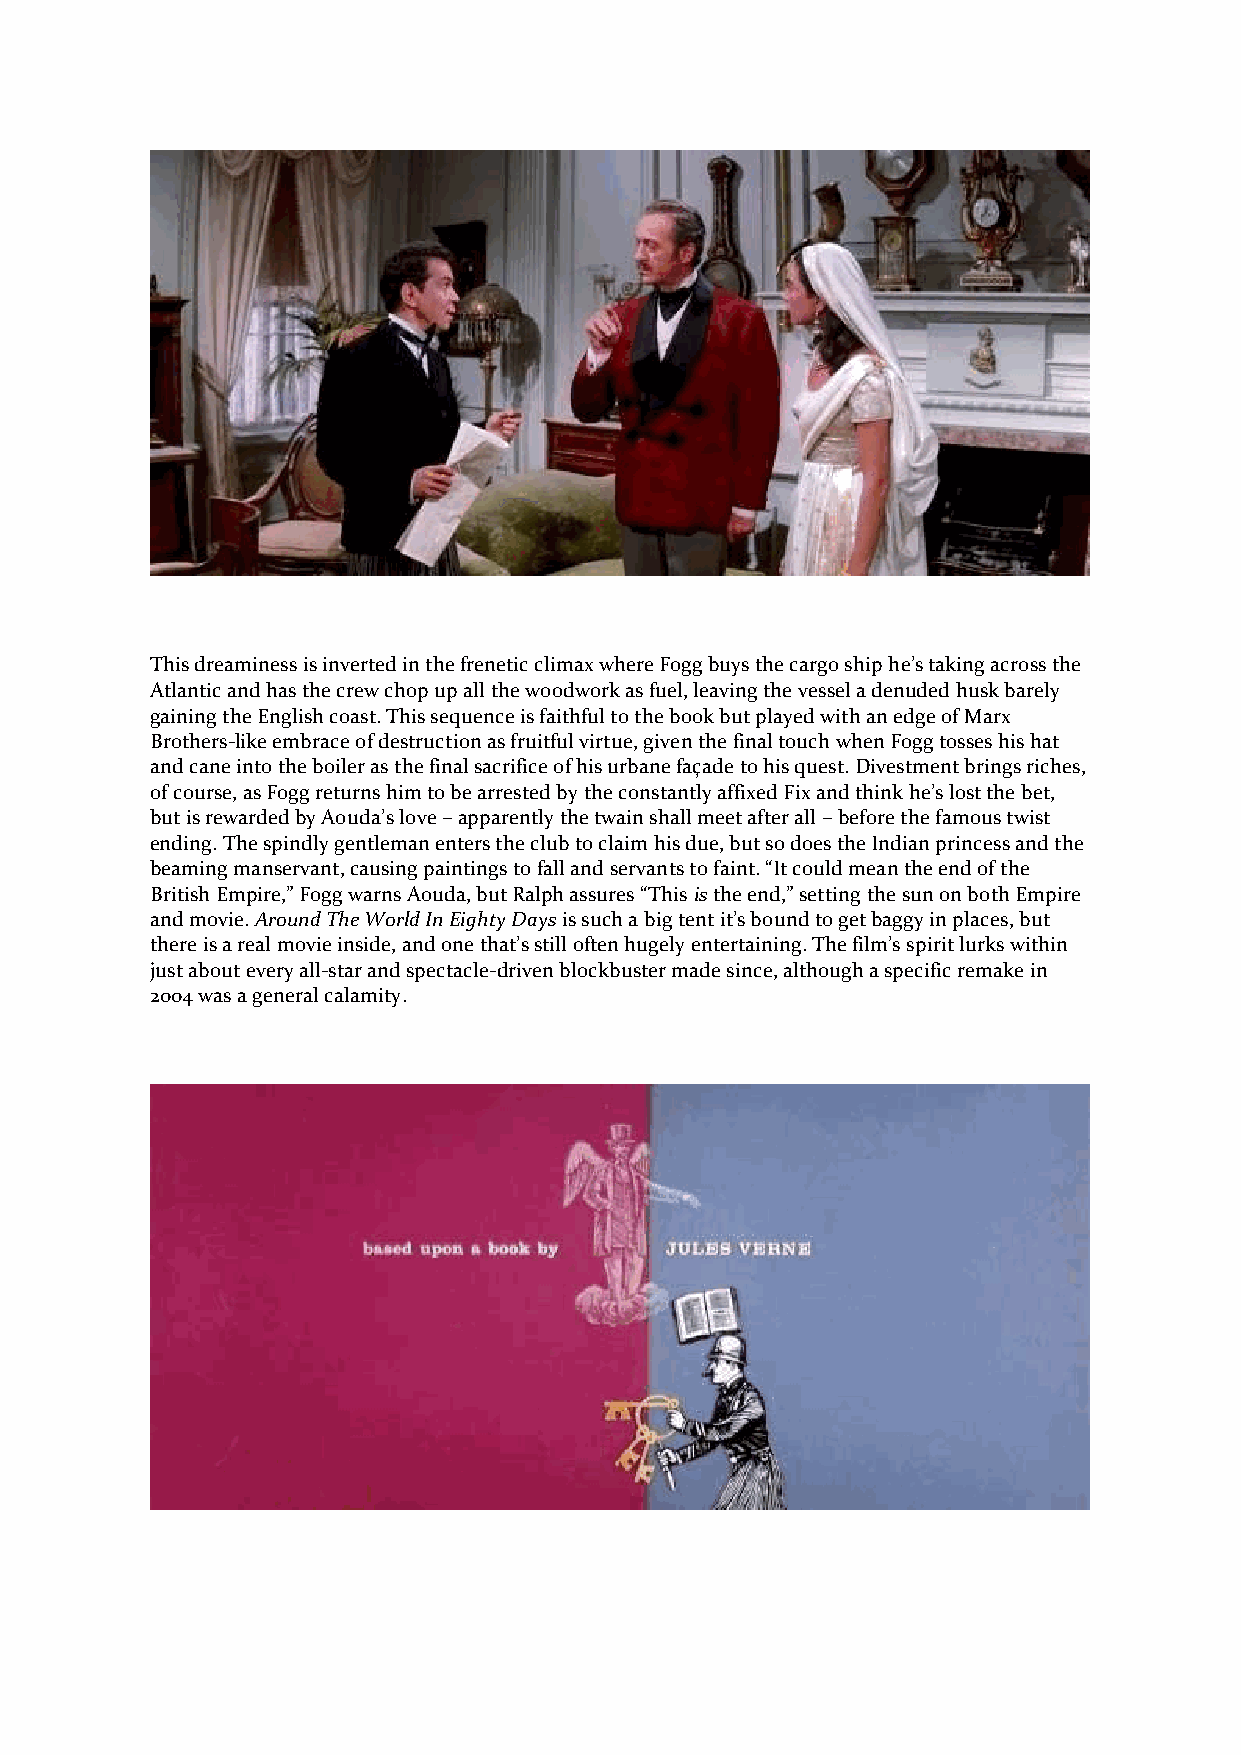
This dreaminess is inverted in the frenetic climax where Fogg buys the cargo ship he’s taking across the
 Atlantic and has the crew chop up all the woodwork as fuel, leaving the vessel a denuded husk barely
 gaining the English coast. This sequence is faithful to the book but played with an edge of Marx
 Brothers-like embrace of destruction as fruitful virtue, given the final touch when Fogg tosses his hat
 and cane into the boiler as the final sacrifice of his urbane façade to his quest. Divestment brings riches,
 of course, as Fogg returns him to be arrested by the constantly affixed Fix and think he’s lost the bet,
 but is rewarded by Aouda’s love – apparently the twain shall meet after all – before the famous twist
 ending. The spindly gentleman enters the club to claim his due, but so does the Indian princess and the
 beaming manservant, causing paintings to fall and servants to faint. “It could mean the end of the
 British Empire,” Fogg warns Aouda, but Ralph assures “This is the end,” setting the sun on both Empire
 and movie. Around The World In Eighty Days is such a big tent it’s bound to get baggy in places, but
 there is a real movie inside, and one that’s still often hugely entertaining. The film’s spirit lurks within
 just about every all-star and spectacle-driven blockbuster made since, although a specific remake in
 2004 was a general calamity.